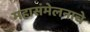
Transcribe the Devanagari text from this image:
महासंमेलनाचे